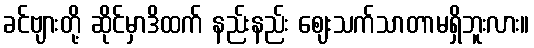
ခင်ဗျားတို့ ဆိုင်မှာဒိထက် နည်းနည်း ဈေးသက်သာတာမရှိဘူးလား။